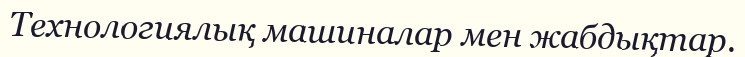
Технологиялық машиналар мен жабдықтар.